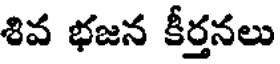
శివ భజన కీర్తనలు